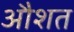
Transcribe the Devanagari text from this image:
औशत